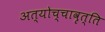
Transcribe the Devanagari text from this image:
अत्योच्चावृत्ति